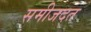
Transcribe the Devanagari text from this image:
समीजदत